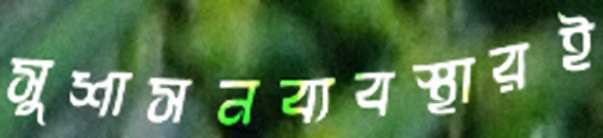
সুশাসনব্যবস্থারই